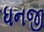
ધનજી